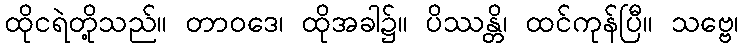
ထိုငရဲတို့သည်။ တာဝဒေ၊ ထိုအခါ၌။ ပိဿန္တိ၊ ထင်ကုန်ပြီ။ သဗ္ဗေ၊